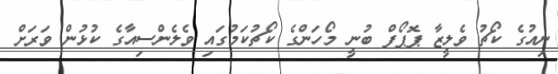
ނިއުގެ ކޯޗު ވެލީޒާ ޕޮޕޯފް ބުނީ މޯހަންގެ ކޯޗުކަމުގައި ވެލެންސިއާގެ ކުޅުން ވަރަށް